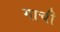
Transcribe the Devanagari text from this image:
गाची